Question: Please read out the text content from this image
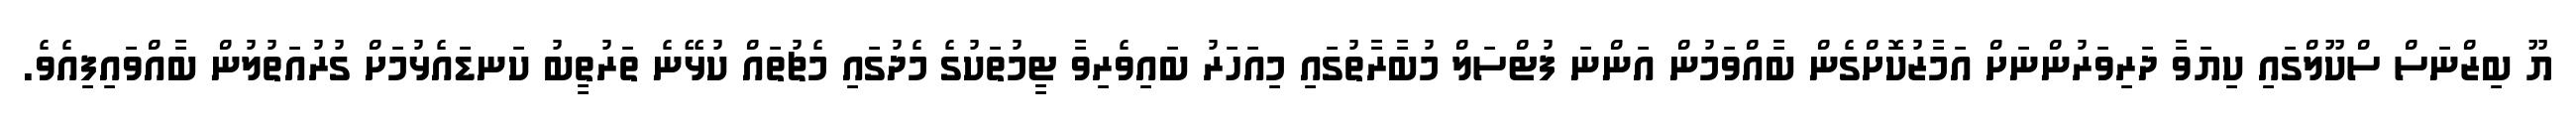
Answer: ޔޫ ބިޒްނަސް ސްކޫލްގައި ކިޔަވާ ދަރިވަރުންނަށް އަމާޒުކޮށްގެން ބާއްވަމުން އަންނަ ފުޓްސަލް މުބާރާތުގައި މިއަހަރު ބައިވެރިވާ ޓީމުތަކުގެ މެދުގައި މެޗުތައް ކުޅޭނެ ތަރުތީބު ކަނޑައެޅުމަށް ގުރުއަތުލުން ބާއްވައިފިއެވެ.